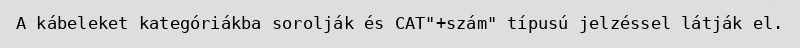
A kábeleket kategóriákba sorolják és CAT"+szám" típusú jelzéssel látják el.